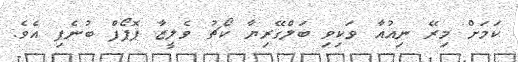
ކަމަށް މިރޭ ނިއުއާ ވަކިވި ބަލްގޭރިޔާ ކޯޗު ވެލީޒާ ޕޮޕޯފް ބުނެފި އެވެ.